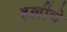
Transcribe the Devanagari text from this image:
हल्लींचे